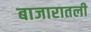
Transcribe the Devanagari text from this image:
बाजारातली